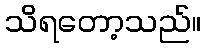
သိရတော့သည်။